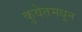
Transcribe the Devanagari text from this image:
कुवेतमधून